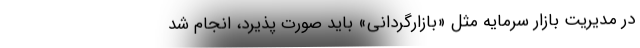
در مدیریت بازار سرمایه مثل «بازارگردانی» باید صورت پذیرد، انجام شد